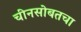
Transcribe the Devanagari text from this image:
चीनसोबतचा